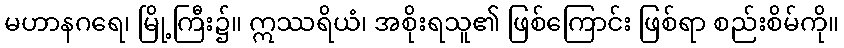
မဟာနဂရေ၊ မြို့ကြီး၌။ ဣဿရိယံ၊ အစိုးရသူ၏ ဖြစ်ကြောင်း ဖြစ်ရာ စည်းစိမ်ကို။